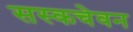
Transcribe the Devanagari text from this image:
सस्कचेवन